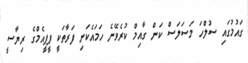
ގައުމުގައި ސުލްހަ މަސަލަސް ކަން ގާއިމް ކުރެވޭނެ ހަމައެކަނި ފަރާތަކީ ޕީޕީއެމްގެ ރިޔާސީ